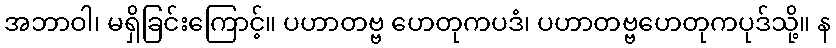
အဘာဝါ၊ မရှိခြင်းကြောင့်။ ပဟာတဗ္ဗ ဟေတုကပဒံ၊ ပဟာတဗ္ဗဟေတုကပုဒ်သို့။ န